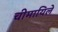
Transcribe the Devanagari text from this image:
चीमायिले